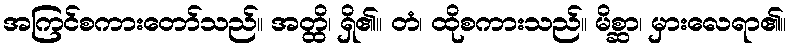
အကြင်စကားတော်သည်။ အတ္ထိ၊ ရှိ၏။ တံ၊ ထိုစကားသည်။ မိစ္ဆာ၊ မှားလေရာ၏။